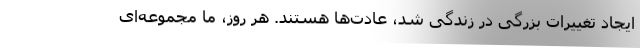
ایجاد تغییرات بزرگی در زندگی شد، عادت‌ها هستند. هر روز، ما مجموعه‌ای